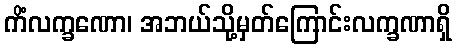
ကိံလက္ခဏော၊ အဘယ်သို့မှတ်ကြောင်းလက္ခဏာရှိ